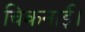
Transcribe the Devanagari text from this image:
चिकनाई।